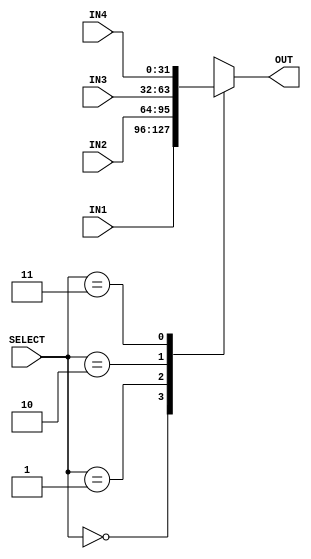
`timescale  1ns/100ps

module mux4_instr_mem(IN1, IN2, IN3, IN4, SELECT, OUT);
    input [31:0] IN1, IN2, IN3, IN4;  // 4 inputs
    input [1:0] SELECT;              // select bit input
    output reg [31:0] OUT;            // output

    always @(IN1, IN2, IN3, IN4, SELECT)
    begin
        case (SELECT)
            2'b00: #1 OUT = IN1;  // switch to IN1
            2'b01: #1 OUT = IN2;  // switch to IN2
            2'b10: #1 OUT = IN3;  // switch to IN3
            2'b11: #1 OUT = IN4;  // switch to IN4
            default: OUT = 32'b0;  // default case
        endcase
    end
endmodule